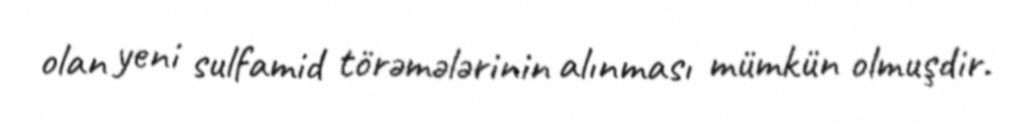
olan yeni sulfamid törəmələrinin alınması mümkün olmuşdir.